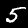
Label: 5